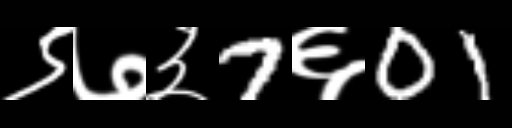
Text: ९७३7६01